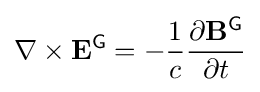
\nabla \times \mathbf {E} ^{\textsf {G}}=-{\frac {1}{c}}{\frac {\partial \mathbf {B} ^{\textsf {G}}}{\partial t}}